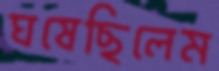
ঘষেছিলেম